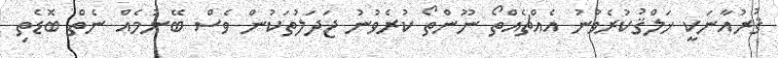
ޤުރުއާނަކީ ޚަލްޤުކުރެވުނު އެއްޗެއްތޯ ނޫންތޯ ކުރެވުނު ޖަދަލުތަކުން ވެސް ބޭނުމެއް ނެތް ބޮޑެތި